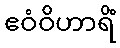
ဧဝံဝိဟာရိံ